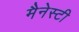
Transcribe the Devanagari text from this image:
मैनेस्टी